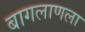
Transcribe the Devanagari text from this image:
बागलाणला